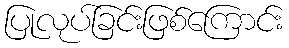
ပြုလုပ်ခြင်းဖြစ်ကြောင်း